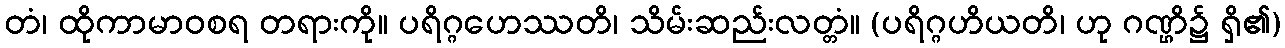
တံ၊ ထိုကာမာဝစရ တရားကို။ ပရိဂ္ဂဟေဿတိ၊ သိမ်းဆည်းလတ္တံ။ (ပရိဂ္ဂဟိယတိ၊ ဟု ဂဏ္ဌိ၌ ရှိ၏)